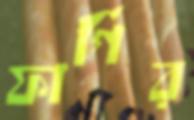
ফার্গির